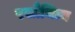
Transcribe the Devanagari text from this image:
रसौचित्य